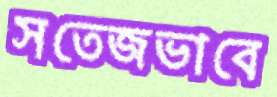
সতেজভাবে